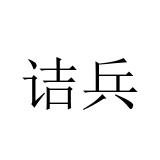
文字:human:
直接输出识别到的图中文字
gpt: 诘兵